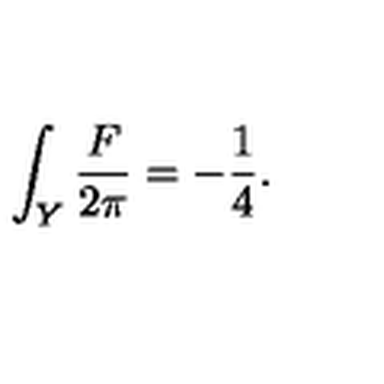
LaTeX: \int _ { Y } { \frac { F } { 2 \pi } } = - { \frac { 1 } { 4 } } .